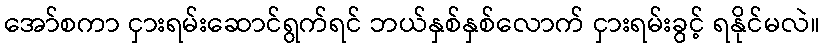
အော်စကာ ငှားရမ်းဆောင်ရွက်ရင် ဘယ်နှစ်နှစ်လောက် ငှားရမ်းခွင့် ရနိုင်မလဲ။